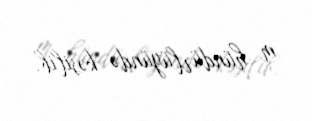
m hündürlüyündə kəsilib.